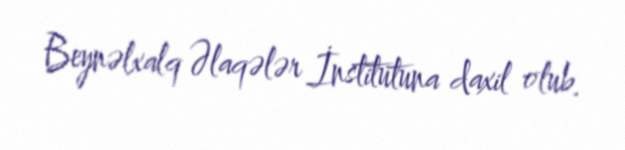
Beynəlxalq Əlaqələr İnstitutuna daxil olub.